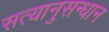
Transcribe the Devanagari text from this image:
सत्यानुसन्धान